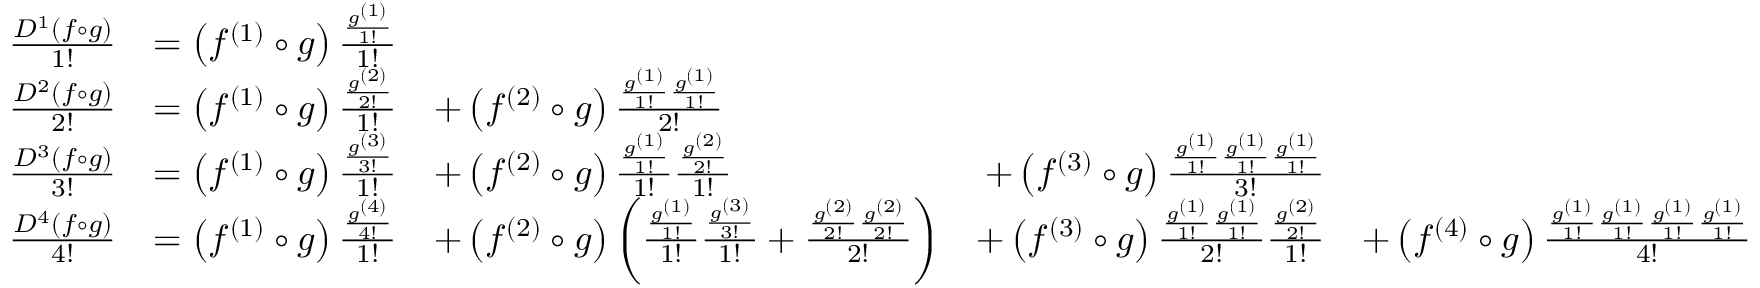
{ \begin{array} { r l r l r l } & { { \frac { D ^ { 1 } ( f \circ g ) } { 1 ! } } } & { = \left( f ^ { ( 1 ) } \circ g \right) { \frac { \frac { g ^ { ( 1 ) } } { 1 ! } } { 1 ! } } } \\ & { { \frac { D ^ { 2 } ( f \circ g ) } { 2 ! } } } & { = \left( f ^ { ( 1 ) } \circ g \right) { \frac { \frac { g ^ { ( 2 ) } } { 2 ! } } { 1 ! } } } & { + \left( f ^ { ( 2 ) } \circ g \right) { \frac { { \frac { g ^ { ( 1 ) } } { 1 ! } } { \frac { g ^ { ( 1 ) } } { 1 ! } } } { 2 ! } } } \\ & { { \frac { D ^ { 3 } ( f \circ g ) } { 3 ! } } } & { = \left( f ^ { ( 1 ) } \circ g \right) { \frac { \frac { g ^ { ( 3 ) } } { 3 ! } } { 1 ! } } } & { + \left( f ^ { ( 2 ) } \circ g \right) { \frac { \frac { g ^ { ( 1 ) } } { 1 ! } } { 1 ! } } { \frac { \frac { g ^ { ( 2 ) } } { 2 ! } } { 1 ! } } } & { + \left( f ^ { ( 3 ) } \circ g \right) { \frac { { \frac { g ^ { ( 1 ) } } { 1 ! } } { \frac { g ^ { ( 1 ) } } { 1 ! } } { \frac { g ^ { ( 1 ) } } { 1 ! } } } { 3 ! } } } \\ & { { \frac { D ^ { 4 } ( f \circ g ) } { 4 ! } } } & { = \left( f ^ { ( 1 ) } \circ g \right) { \frac { \frac { g ^ { ( 4 ) } } { 4 ! } } { 1 ! } } } & { + \left( f ^ { ( 2 ) } \circ g \right) \left( { \frac { \frac { g ^ { ( 1 ) } } { 1 ! } } { 1 ! } } { \frac { \frac { g ^ { ( 3 ) } } { 3 ! } } { 1 ! } } + { \frac { { \frac { g ^ { ( 2 ) } } { 2 ! } } { \frac { g ^ { ( 2 ) } } { 2 ! } } } { 2 ! } } \right) } & { + \left( f ^ { ( 3 ) } \circ g \right) { \frac { { \frac { g ^ { ( 1 ) } } { 1 ! } } { \frac { g ^ { ( 1 ) } } { 1 ! } } } { 2 ! } } { \frac { \frac { g ^ { ( 2 ) } } { 2 ! } } { 1 ! } } } & { + \left( f ^ { ( 4 ) } \circ g \right) { \frac { { \frac { g ^ { ( 1 ) } } { 1 ! } } { \frac { g ^ { ( 1 ) } } { 1 ! } } { \frac { g ^ { ( 1 ) } } { 1 ! } } { \frac { g ^ { ( 1 ) } } { 1 ! } } } { 4 ! } } } \end{array} }